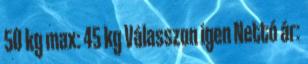
50 kg max: 45 kg Válasszon igen Nettó ár: